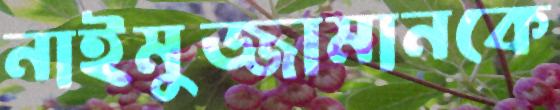
নাইমুজ্জামানকে